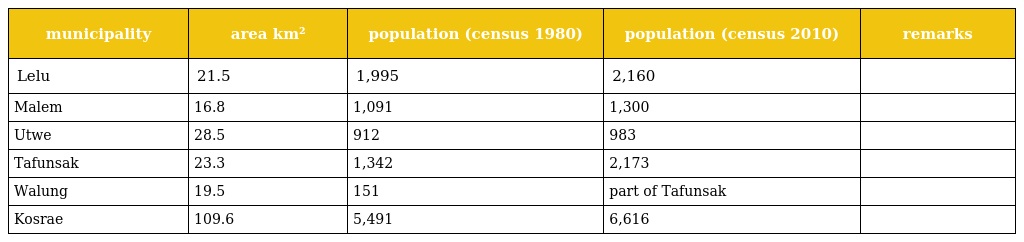
| municipality | area km² | population (census 1980) | population (census 2010) | remarks |
 | --- | --- | --- | --- | --- |
 | Lelu | 21.5 | 1,995 | 2,160 |  |
 | Malem | 16.8 | 1,091 | 1,300 |  |
 | Utwe | 28.5 | 912 | 983 |  |
 | Tafunsak | 23.3 | 1,342 | 2,173 |  |
 | Walung | 19.5 | 151 | part of Tafunsak |  |
 | Kosrae | 109.6 | 5,491 | 6,616 |  |